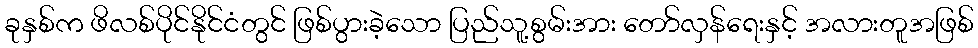
ခုနှစ်က ဖိလစ်ပိုင်နိုင်ငံတွင် ဖြစ်ပွားခဲ့သော ပြည်သူ့စွမ်းအား တော်လှန်ရေးနှင့် အလားတူအဖြစ်